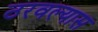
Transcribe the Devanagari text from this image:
ठरवल्यास